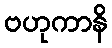
ဗဟုကာနိ